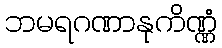
ဘမရဂဏာနုကိဏ္ဏံ